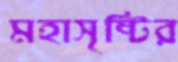
মহাসৃষ্টির